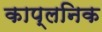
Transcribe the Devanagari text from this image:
काप्लनिक